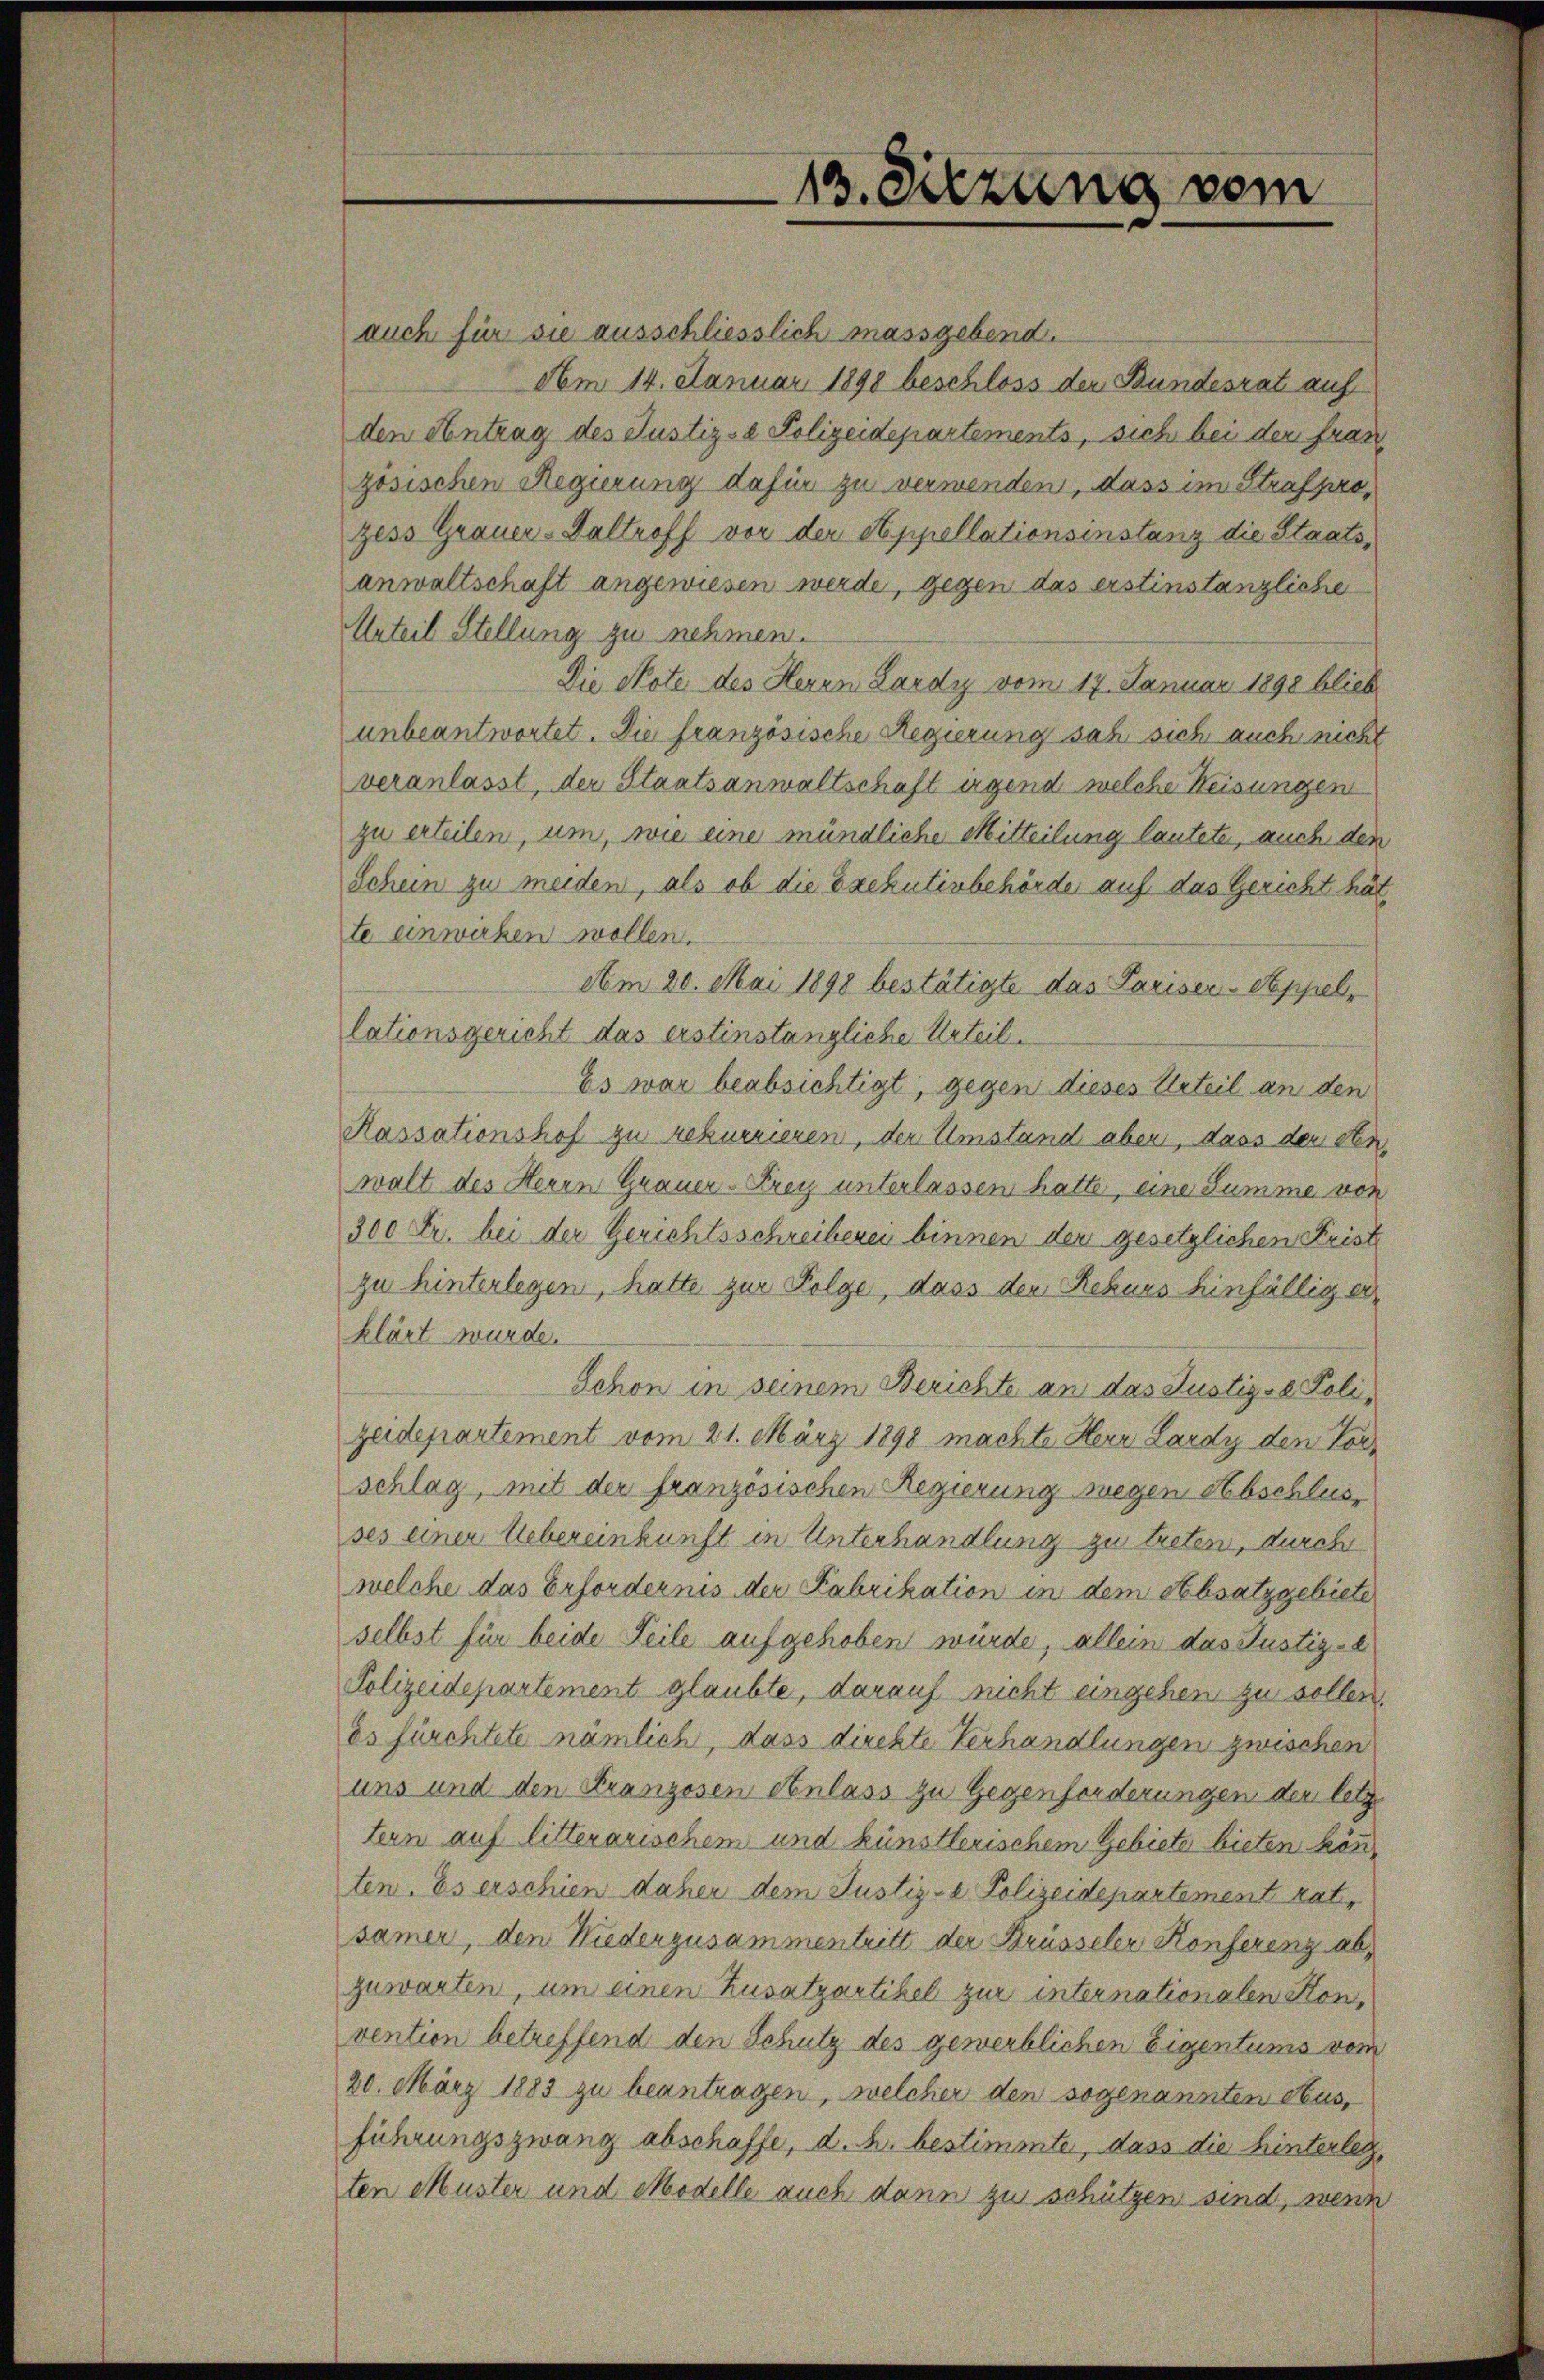
auch für sie ausschliesslich massgebend.
Am 14. Januar 1898 beschloss der Bundesrat auf
den Antrag des Justiz- & Polizeidepartements, sich bei der fran
zösischen Regierung dafür zu verwenden, dass im Strafprozess Grauer-Galtroff vor der Appellationsinstanz die Staatsanwaltschaft angewiesen werde, gegen das erstinstanzliche
Urteil Stellung zu nehmen.
Die Note des Herrn Lardy vom 17. Januar 1898 blieb
unbeantwortet. Die französische Regierung sah sich auch nicht
veranlasst, der Staatsanwaltschaft irgend welche Weisungen
zu erteilen, um, wie eine mündliche Mitteilung lautete, auch den
Schein zu meiden, als ob die Exekutivbehörde auf das Gericht hät
te einwirken wollen.
Am 20. Mai 1898 bestätigte das Pariser-Stappel,
lationsgericht das erstinstängliche Urteil.
Es war beabsichtigt, gegen dieses Urteil an den
Kassationshof zu rekurrieren, der Umstand aber, dass der den
walt des Herrn Grauer-Krey unterlassen hatte, eine Summe von
300 Fr. bei der Gerichtsschreiberen binnen der gesetzlichen Friste
zu hinterlegen, hatte zur Folge, dass den Rekurs hinfällig erklärt wurde.
Schon in seinem Berichte an das Justizse Polizeidepartement vom 21. März 1898 machte Herr Lardy den Vorschlag, mit der französischen Regierung wegen Abschlusses einer Uebereinkunft in Unterhandlung zu treten, durch
welche das Erfordernis der Fabrikation in dem Absatzgebiete
selbst für beide Teile aufgehoben würde, allein das Justiz-
Polizeidepartement glaubte, darauf nicht eingehen zu sollen.
es fürchtete nämlich, dass direkte Verhandlungen zwischen
uns und den Kranzosen Anlass zu Gegenforderungen der letztern auf litterarischem und künstlerischem Gebiete bieten kön
ten. Es erschien daher dem Justiz- & Polizeidepartement rat,
samer, den Niederzusammentritt der Brüsseler Konferenz ab-
zuwarten, um einen Zusatzartikel zur internationalen Konvention betreffend den Schutz des gewerblichen Eigentums vom
20. März 1883 zu beantragen, welcher den sogenannten aus,
führungszwang abschaffe, d. h. bestimmte, dass die hinterlegten Muster und Modelle auch dann zu schützen sind, wenn

13. Sitzung vom